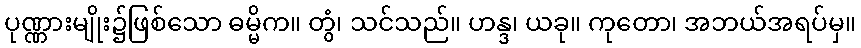
ပုဏ္ဏားမျိုး၌ဖြစ်သော ဓမ္မိက။ တွံ၊ သင်သည်။ ဟန္ဒ၊ ယခု။ ကုတော၊ အဘယ်အရပ်မှ။